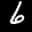
Label: 6